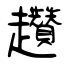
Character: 趲